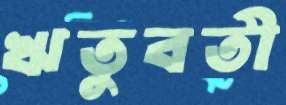
ঋতুবতী